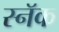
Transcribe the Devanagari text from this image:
स्नॅक